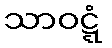
သာဝဋ္ဋံ